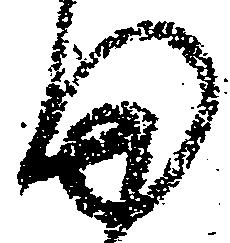
田